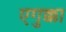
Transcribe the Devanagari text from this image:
एगुक्का